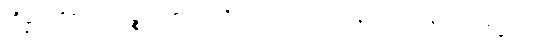
ကိန္နရာတို့၏။ ဣဒဉ္စ၊ ဤစကားကိုသာလျင်။ သုတွာ န၊ ကြားကုန်၍။ သမ္မောဒထ၊